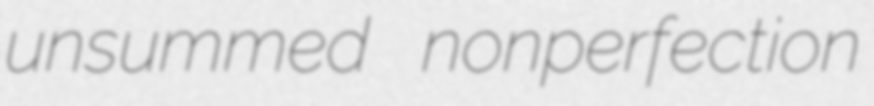
unsummed nonperfection